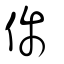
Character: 偁